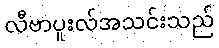
လီဗာပူးလ်အသင်းသည်